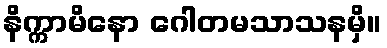
နိက္ကာမိနော ဂေါတမသာသနမှိ။